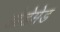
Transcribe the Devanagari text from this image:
डोडेमेड